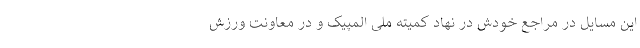
این مسایل در مراجع خودش در نهاد کمیته ملی المپیک و در معاونت ورزش